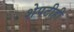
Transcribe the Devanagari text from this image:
शेपटीही